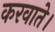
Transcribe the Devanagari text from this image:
करवाते।